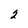
Character: 2